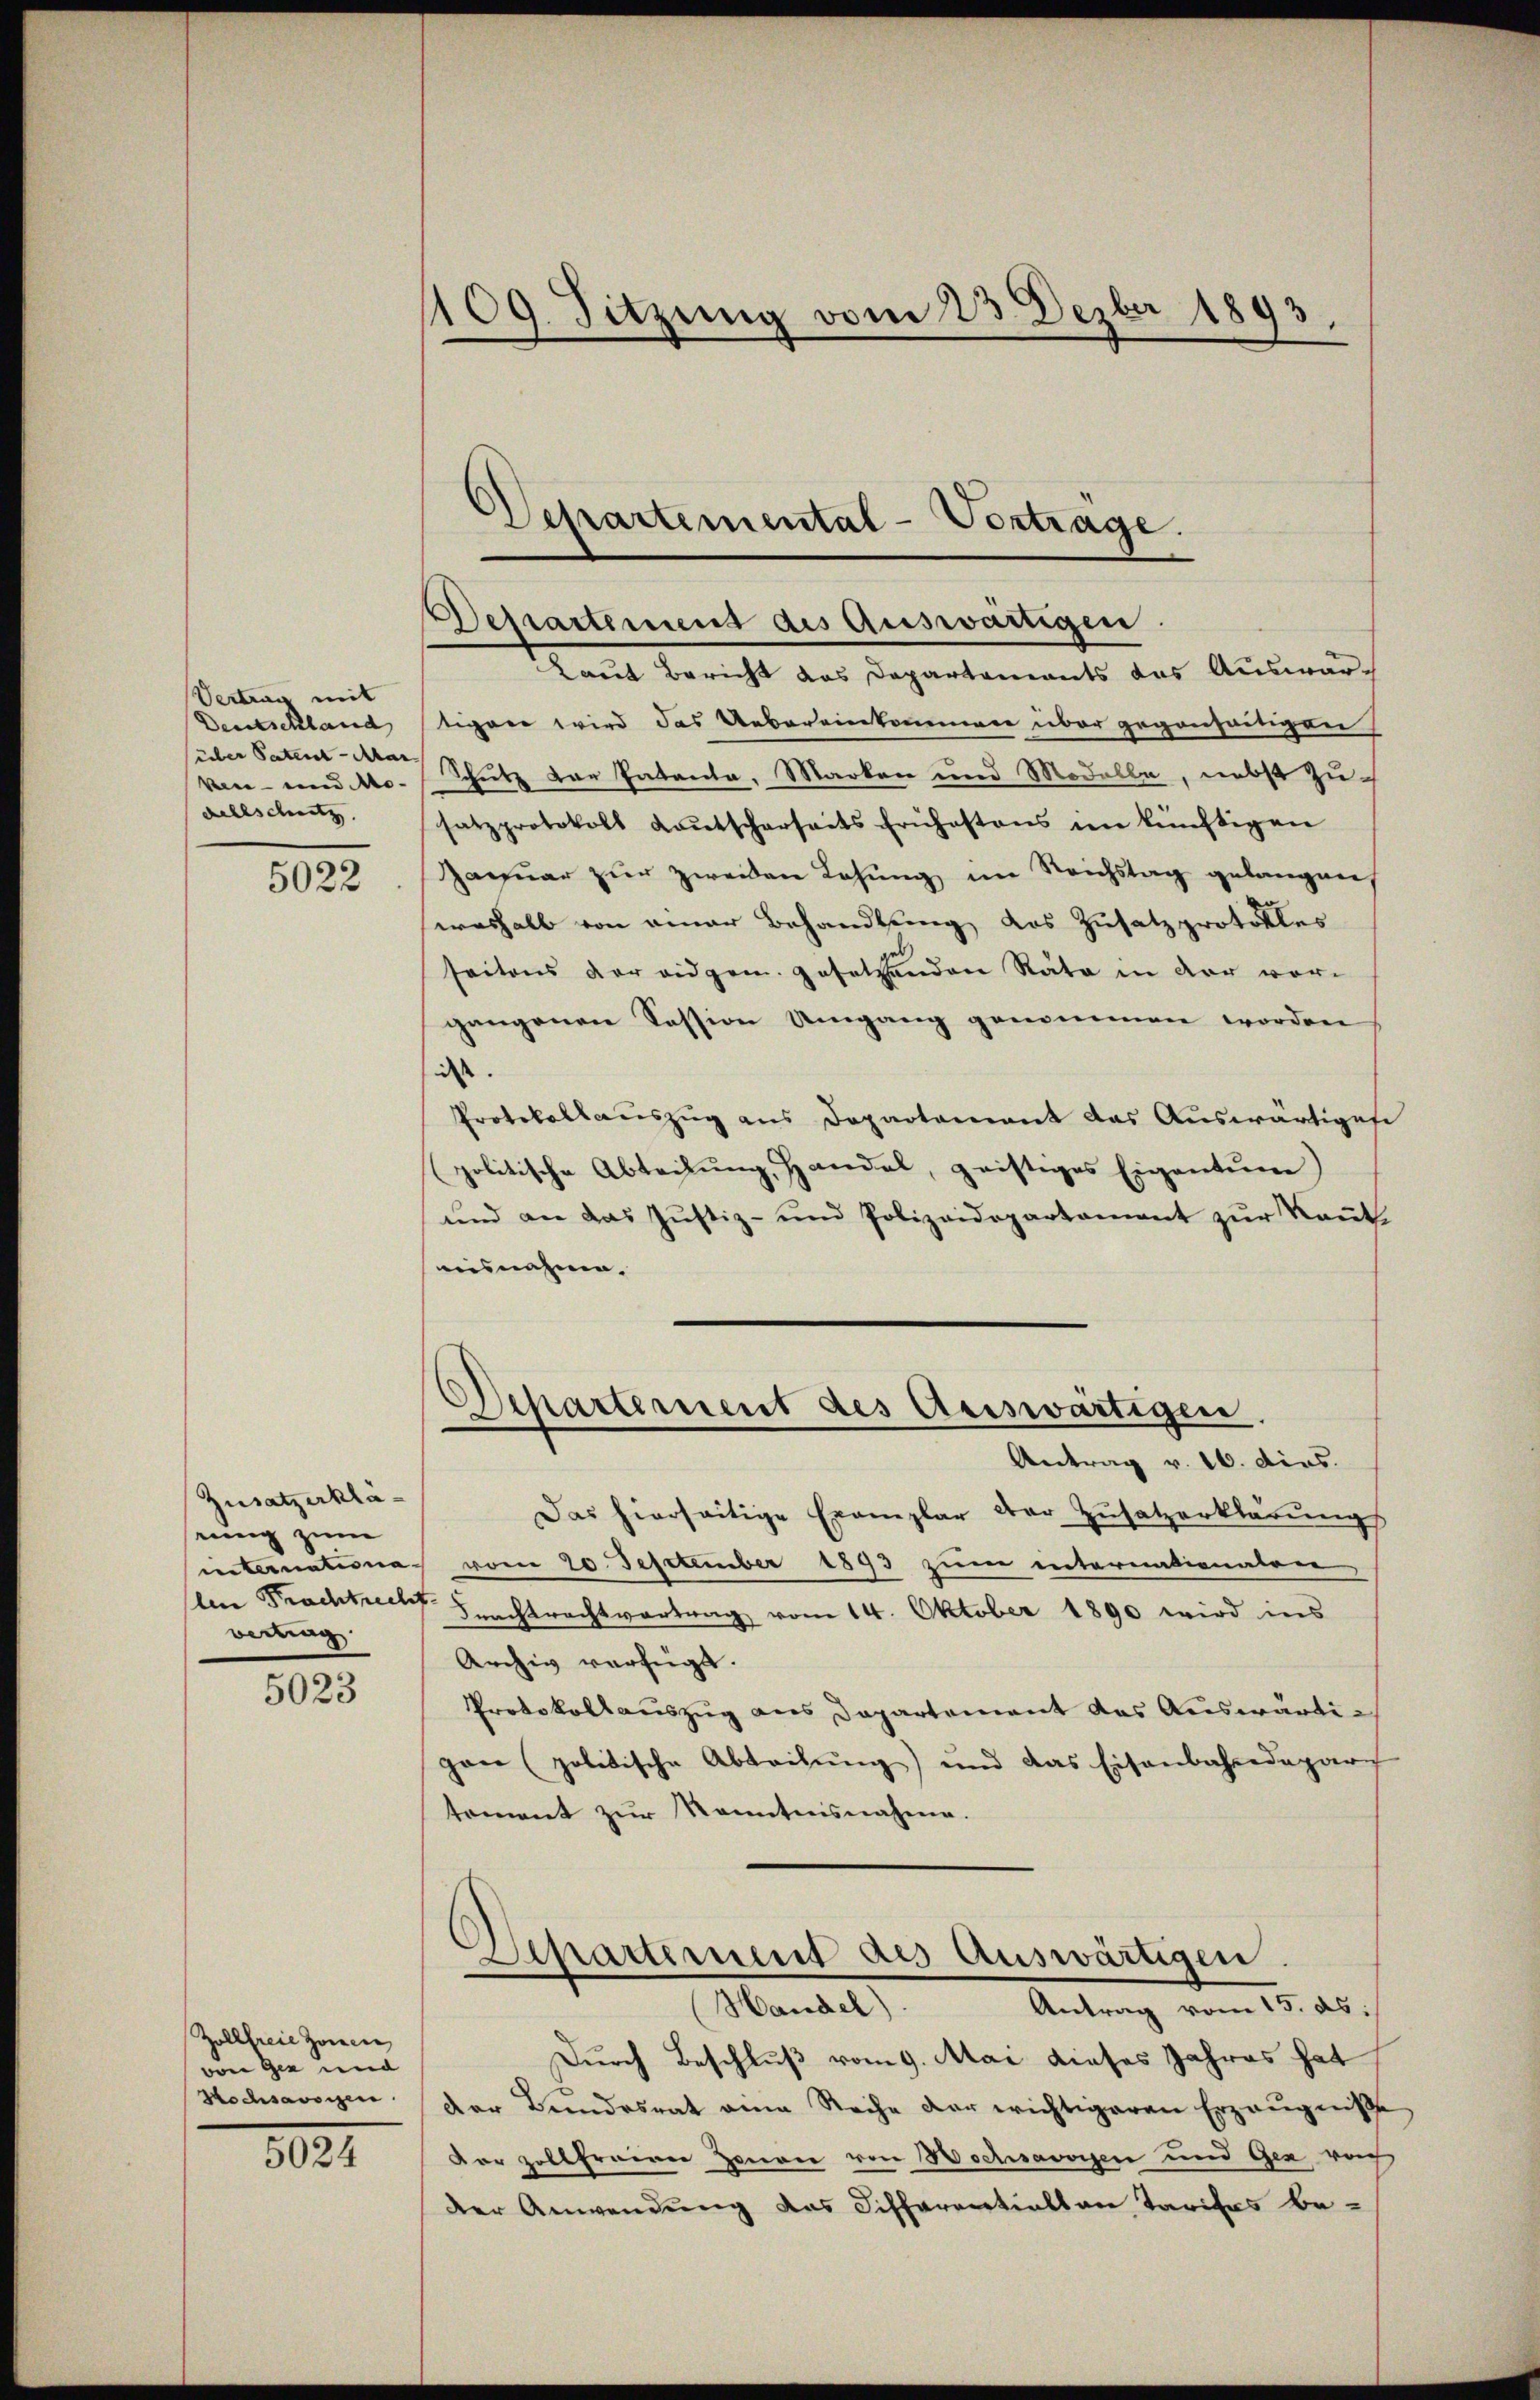
Vertrag mit
Deutschland
über Patent - Mar
Ven- und Mo-
Rellschutz

5022

Zusatzerkläseung zum
internationaln Frachtrecht
vertrag

5023

Zollfreie Zonen
von gen und
Hochsavsizen

5024

109. Sitzung vom 23. Dezbr 1893.

Departemental-Vertrage.
Departement des Auswärtigen.
Land Bericht das Departements des Auswär¬

tigaer wird das Uebereinkommen über gegenseitigen
Schutz der Patenta, Marken und Modelle, nebst Zusatzprotokoll Kaŭtscharseits frühestens im künftigen
Janŭar zŭr zweiden Lohŭng im Reichstag gelangen
weshalb von einer Behandlung das Zusatzprotokles
seitens der eidgen. gesetzenden Rata in der vorgangenen Session Umgang genommen worden
is.
Protokollaŭszŭg ans Departamant das Auswärtigese
politische Abteilŭng, Handal, geistiges Eigentum)
und an das Justiz- und Polizeidepartament zur Kant
ausnahme.
Departement des Auswärtigen
Antrag v. 16. dies.
Das hierseitige Exemplar der Zusatzerklärungs
vom 20. September 1893 zum internationalen
Frachtrachtvertrag vom 14. Oktober 1890 wird ins
Archiv verfügt:
Protokollauszug aus Departement das Auswärtigane (politische Abteilŭng und das Eisenbahndepar
toment zŭr Kenntnisnahme.
Departement des Auswärtigen
Handel).
Antrag vom 15. ds.
Durch Beschluß vom 9. Mai dieses Jahres hat
der Bundesrat eine Reihe der wichtigeren Erzeugniße
dar zollfreien Zonen von Wochsavoyen und Gez rech
der Anwendung das Differentials an Tarifes be-